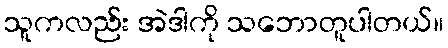
သူကလည်း အဲဒါကို သဘောတူပါတယ်။